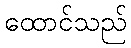
ထောင်သည်